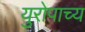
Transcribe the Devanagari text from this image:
युरोपाच्य